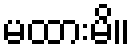
မထားမိ။